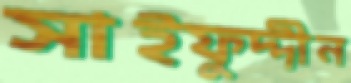
সাইফুদ্দীন